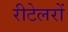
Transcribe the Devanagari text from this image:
रीटेलरों